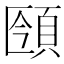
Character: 𩒥